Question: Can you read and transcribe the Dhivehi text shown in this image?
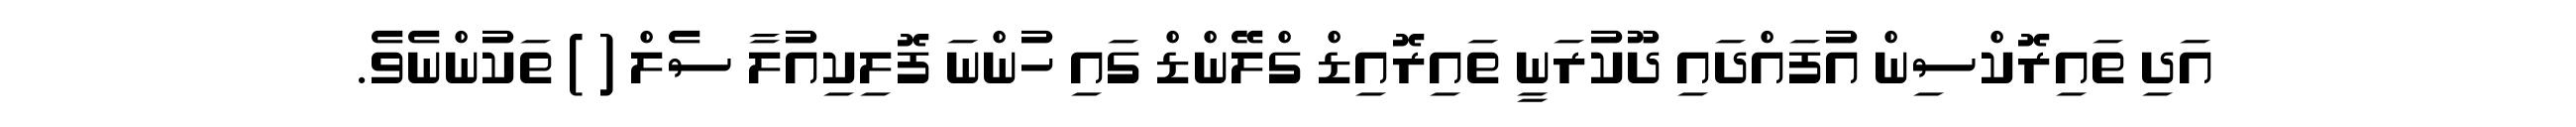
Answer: އަދި ތައިރޮކްސިން އުފައްދައި ދޫކުރަނީ ތައިރޮއިޑް ގްލޭންޑް ގައި ހުންނަ ފޮލިކިއުލާ ސެލް ( ) ތަކުންނެވެ.